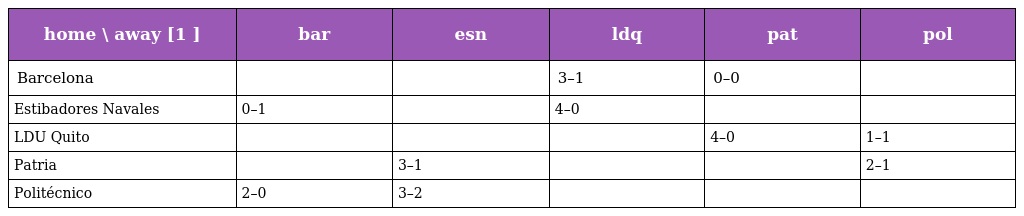
| home \ away [1 ] | bar | esn | ldq | pat | pol |
 | --- | --- | --- | --- | --- | --- |
 | Barcelona |  |  | 3–1 | 0–0 |  |
 | Estibadores Navales | 0–1 |  | 4–0 |  |  |
 | LDU Quito |  |  |  | 4–0 | 1–1 |
 | Patria |  | 3–1 |  |  | 2–1 |
 | Politécnico | 2–0 | 3–2 |  |  |  |